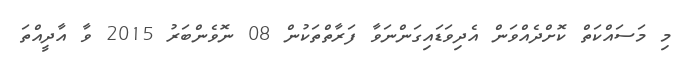
މި މަސައްކަތް ކޮށްދެއްވަން އެދިވަޑައިގަންނަވާ ފަރާތްތަކުން 08 ނޮވެންބަރު 2015 ވާ އާދީއްތަ